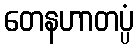
တေနဟာတပ္ပံ